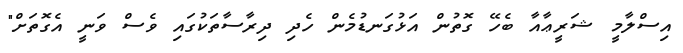
އިސްލާމީ ޝަރީޢާއާ ބެހޭ ގޮތުން އަޅުގަނޑުމެން ހެދި ދިރާސާތަކުގައި ވެސް ވަނީ އެގޮތަށް"